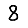
Digit: 8